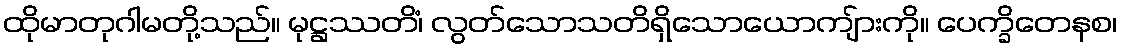
ထိုမာတုဂါမတို့သည်။ မုဋ္ဌဿတိံ၊ လွတ်သောသတိရှိသောယောကျ်ားကို။ ပေက္ခိတေနစ၊